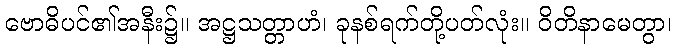
ဗောဓိပင်၏အနီး၌။ အဋ္ဌသတ္တာဟံ၊ ခုနစ်ရက်တို့ပတ်လုံး။ ဝိတိနာမေတွာ၊